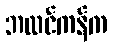
ဘလင်ကန်က